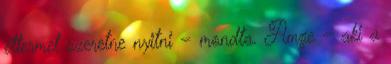
éttermet szeretne nyitni – mondta. Amge – aki a